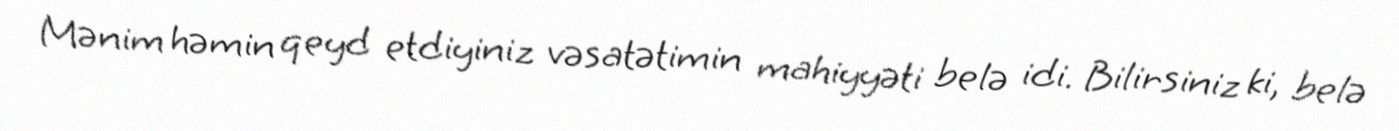
Mənim həmin qeyd etdiyiniz vəsatətimin mahiyyəti belə idi. Bilirsiniz ki, belə